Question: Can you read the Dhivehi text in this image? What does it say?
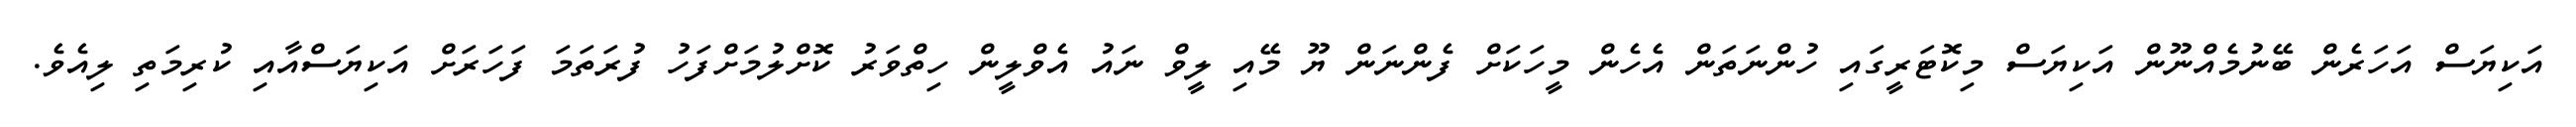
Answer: އަކިޔަސް އަހަރެން ބޭނުމެއްނޫން އަކިޔަސް މިކޮޓަރީގައި ހުންނަތަން އެހެން މީހަކަށް ފެންނަން ޔޫ މޭއި ލީވް ނައު އެވްލީން ހިތްވަރު ކޮށްލުމަށްފަހު ފުރަތަމަ ފަހަރަށް އަކިޔަސްއާއި ކުރިމަތި ލިއެވެ.